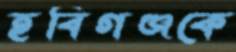
হবিগঞ্জকে